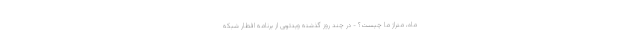
ماه، متراژ ما چیست؟ - در چند روز گذشته ویدئویی از برنامه افطار شبکه